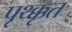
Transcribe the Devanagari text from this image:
पृथ्क्कृत